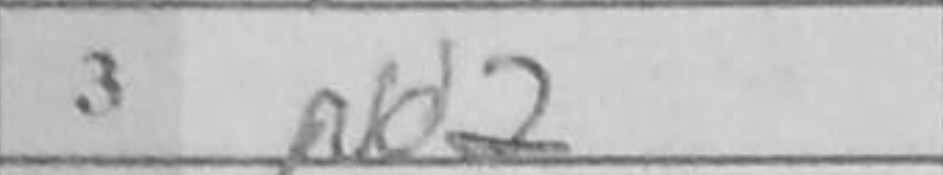
Transcription: Nd2